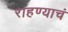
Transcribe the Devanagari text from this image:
राहण्याचं